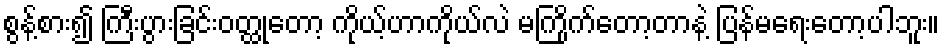
စွန့်စား၍ ကြီးပွားခြင်းဝတ္ထုတော့ ကိုယ့်ဟာကိုယ်လဲ မကြိုက်တော့တာနဲ့ ပြန်မရေးတော့ပါဘူး။